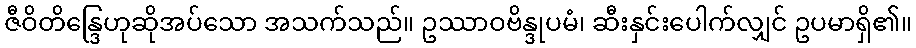
ဇီဝိတိန္ဒြေဟုဆိုအပ်သော အသက်သည်။ ဥဿာဝဗိန္ဒုပမံ၊ ဆီးနှင်းပေါက်လျှင် ဥပမာရှိ၏။